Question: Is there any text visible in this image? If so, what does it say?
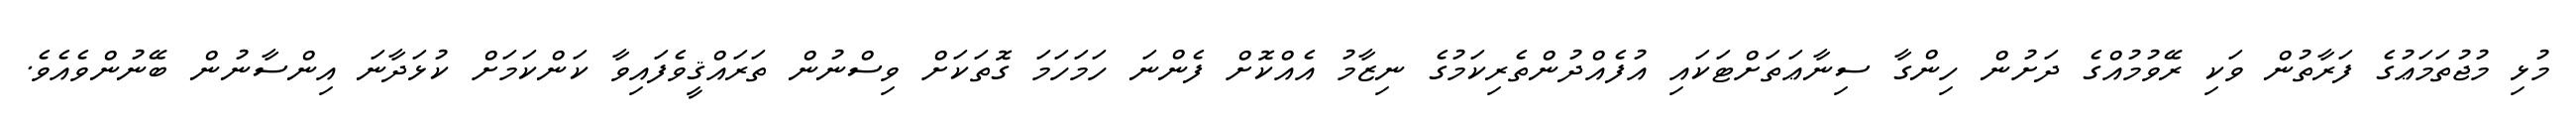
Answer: މުޅި މުޖުތަމަޢުގެ ފަރާތުން ވަކި ރޭވުމުއްގެ ދަށުން ހިންގާ ސިނާޢަތަށްޓަކައި އުފެއްދުންތެރިކަމުގެ ނިޒާމު އެއްކޮށް ފެންނަ ހަމަހަމަ ގޮތަކަށް ވިސްނުން ތަރައްޤީވެފައިވާ ކަންކަމަށް ކުޅަދާނަ އިންސާނުން ބޭނުންވެއެވެ.